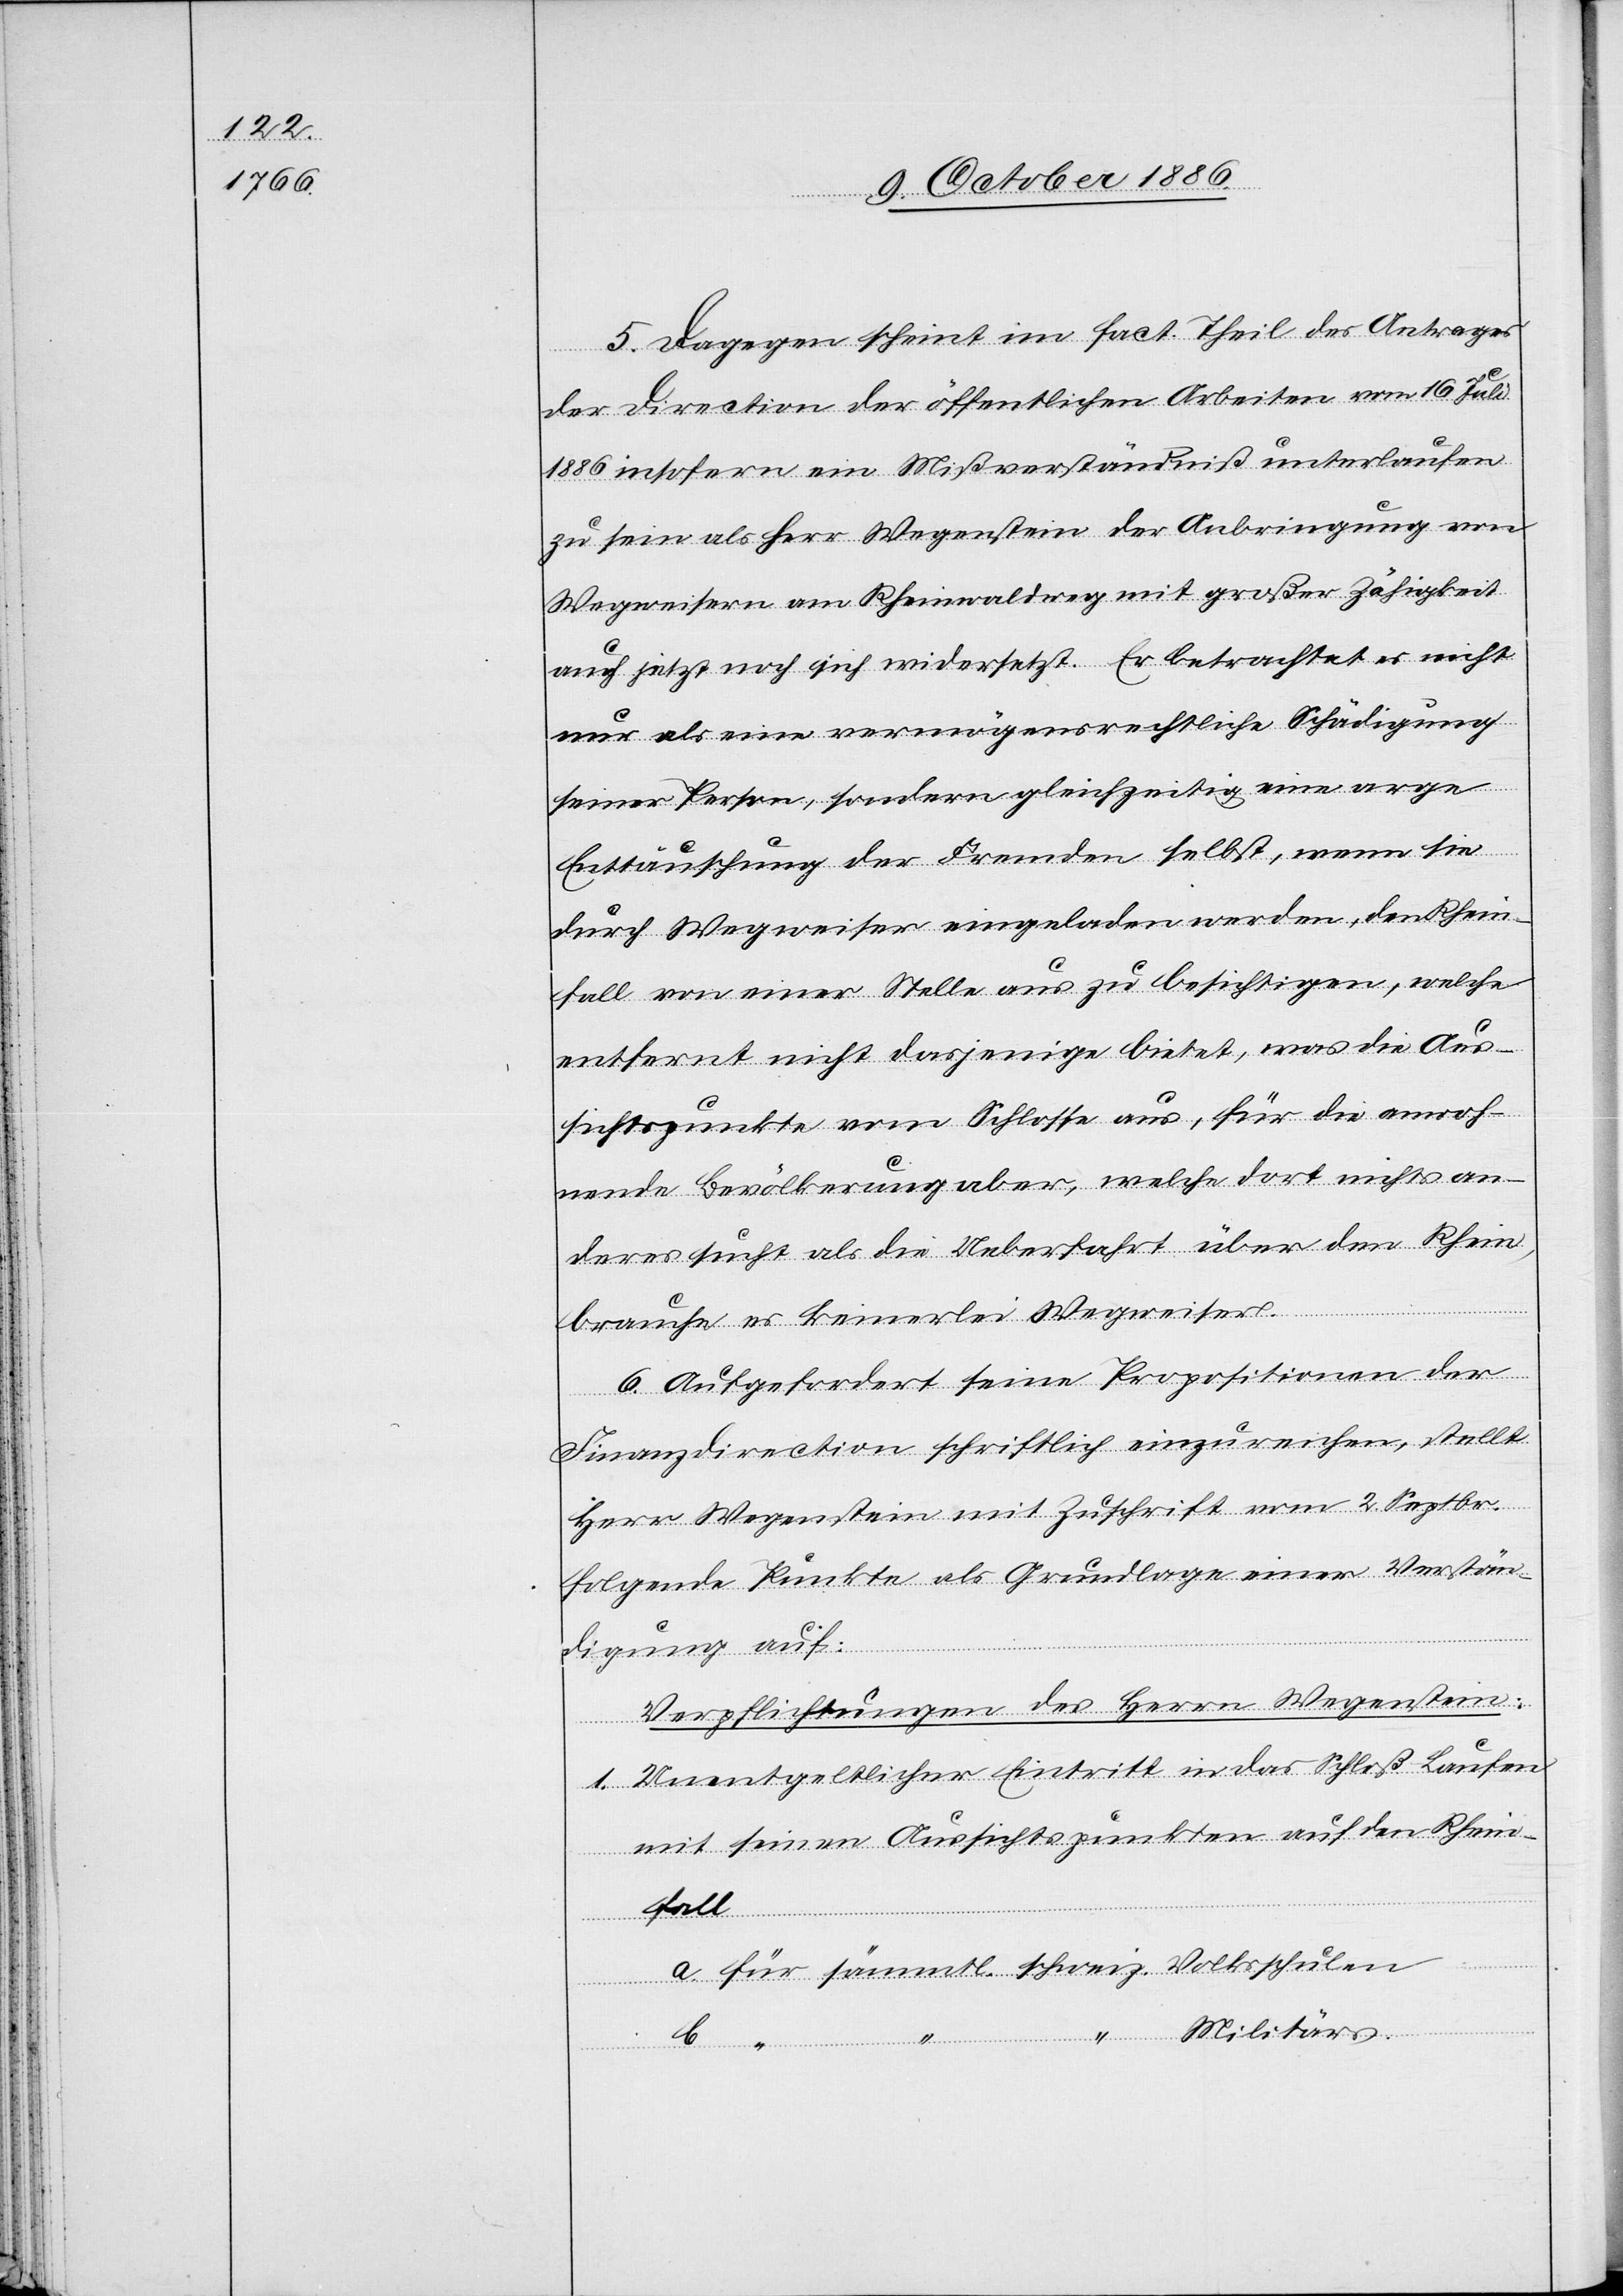
5. Dagegen scheint im fact. Theil des Antrages
der Direction der öffentlichen Arbeiten vom 16. Juli
1886 insofern ein Mißverständniß unterlaufen
zu sein als Herr Wegenstein der Anbringung von
Wegweisern am Rheinwaldweg mit großer Zähigkeit
auch jetzt noch sich widersetzt. Er betrachtet es nicht
nur als eine vermögensrechtliche Schädigung
seiner Person, sondern gleichzeitig eine arge
Enttäuschung der Fremden selbst, wenn sie
durch Wegweiser eingeladen werden, den Rhein¬
fall von einer Stelle aus zu besichtigen, welche
entfernt nicht dasjenige bietet, was die Aus¬
sichtspunkte vom Schlosse aus, für die anwoh¬
nende Bevölkerung aber, welche dort nichts an¬
deres sucht als die Ueberfahrt über den Rhein,
brauche es keinerlei Wegweiser.
6. Aufgefordert seine Propositionen der
Finanzdirection schriftlich einzureichen, stellt
Herr Wegenstein mit Zuschrift vom 2. Septbr.
folgende Punkte als Grundlage einer Verstän¬
digung auf:
Verpflichtungen des Herrn Wegenstein:
1. Unentgeltlicher Eintritt in das Schloß Laufen
mit seinen Aussichtspunkten auf den Rhein¬
fall
a. für sämmtl. schweiz. Volksschulen
“ Militärs.
b. “ “